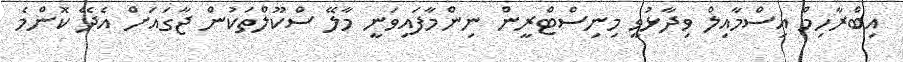
އިބްރާހިމް އިސްމާއިލް ވިދާޅުވީ މިނިސްޓްރީން ނިންމާފައިވަނީ މާލޭ ސްކޫލްތަކުން ޖާގައަށް އެދޭ ކޮންމެ